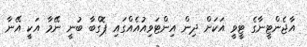
އާޖެންޓީނާގެ ޓީވީ އަކަށް ދިން އިންޓަވިއުއެއްގައި ޕޮގްބާ ބުނީ ނޭމާ އަކީ އޭނާ